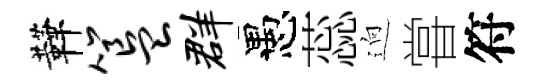
鞾簋群愚蕊逈甞符